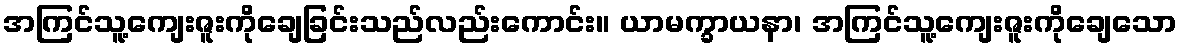
အကြင်သူ့ကျေးဇူးကိုချေခြင်းသည်လည်းကောင်း။ ယာမက္ခာယနာ၊ အကြင်သူ့ကျေးဇူးကိုချေသော